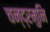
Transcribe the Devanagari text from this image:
चन्द्रमुनि